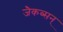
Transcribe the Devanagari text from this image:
जैकब्सन्